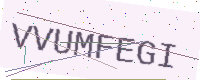
Text: VVUMFEGI